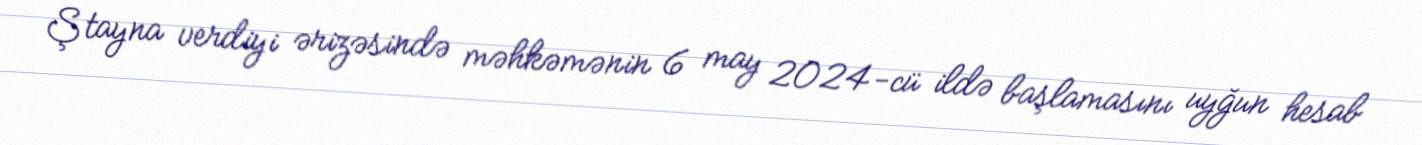
Ştayna verdiyi ərizəsində məhkəmənin 6 may 2024-cü ildə başlamasını uyğun hesab